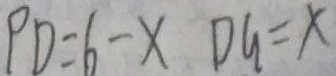
P D = 6 - x D G = x